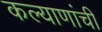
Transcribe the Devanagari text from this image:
कल्याणांची